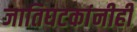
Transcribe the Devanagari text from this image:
जातिघटकांनीही